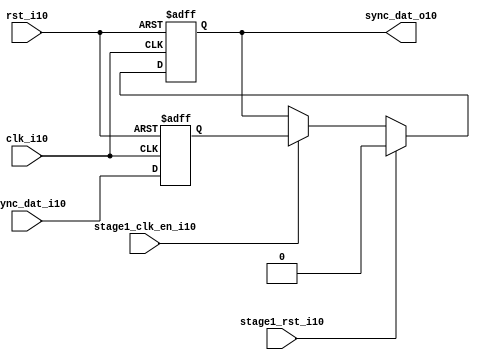
module uart_sync_flops10
(
  // internal signals10
  rst_i10,
  clk_i10,
  stage1_rst_i10,
  stage1_clk_en_i10,
  async_dat_i10,
  sync_dat_o10
);

parameter Tp10            = 1;
parameter width         = 1;
parameter init_value10    = 1'b0;

input                           rst_i10;                  // reset input
input                           clk_i10;                  // clock10 input
input                           stage1_rst_i10;           // synchronous10 reset for stage10 1 FF10
input                           stage1_clk_en_i10;        // synchronous10 clock10 enable for stage10 1 FF10
input   [width-1:0]             async_dat_i10;            // asynchronous10 data input
output  [width-1:0]             sync_dat_o10;             // synchronous10 data output


//
// Interal10 signal10 declarations10
//

reg     [width-1:0]             sync_dat_o10;
reg     [width-1:0]             flop_010;


// first stage10
always @ (posedge clk_i10 or posedge rst_i10)
begin
    if (rst_i10)
        flop_010 <= #Tp10 {width{init_value10}};
    else
        flop_010 <= #Tp10 async_dat_i10;    
end

// second stage10
always @ (posedge clk_i10 or posedge rst_i10)
begin
    if (rst_i10)
        sync_dat_o10 <= #Tp10 {width{init_value10}};
    else if (stage1_rst_i10)
        sync_dat_o10 <= #Tp10 {width{init_value10}};
    else if (stage1_clk_en_i10)
        sync_dat_o10 <= #Tp10 flop_010;       
end

endmodule